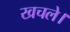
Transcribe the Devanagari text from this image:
खचले।